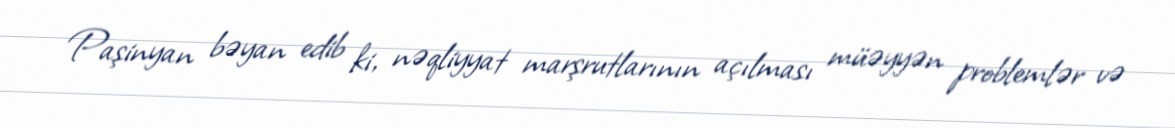
Paşinyan bəyan edib ki, nəqliyyat marşrutlarının açılması müəyyən problemlər və